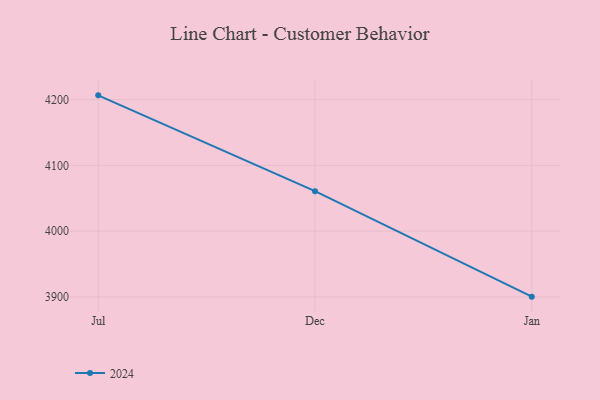
{"axis": {"x": "Month", "y": "Market Share (%)"}, "legend": ["2024"], "data": [{"x": "Jul", "y": 4206.4, "type": "2024"}, {"x": "Dec", "y": 4060.7, "type": "2024"}, {"x": "Jan", "y": 3900.4, "type": "2024"}]}